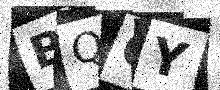
Text: BQ6Y